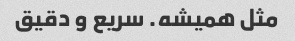
مثل همیشه. سریع و دقیق